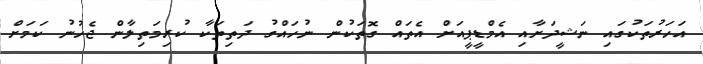
އަހަރުތަކުގައި ނަޝީދަށާއި އެމްޑީޕީއަށް އެތައް ގޮތަކުން ނުހައްގު ދަތިތަކާ ކުރިމަތިލާން ޖެހުނު ކަމަށް